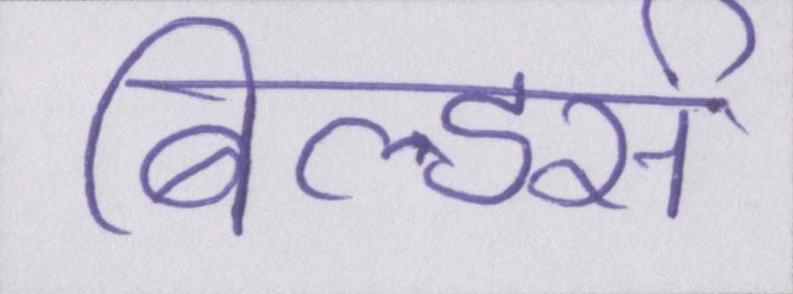
बिल्डर्स